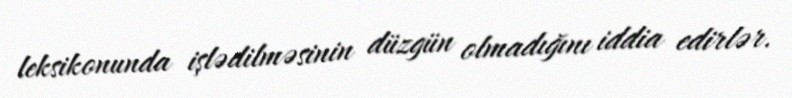
leksikonunda işlədilməsinin düzgün olmadığını iddia edirlər.